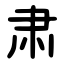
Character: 肃